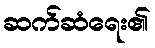
ဆက်ဆံရေး၏